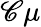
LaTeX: {\mathscr C}\mu